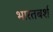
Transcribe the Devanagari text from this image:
भारतबर्श